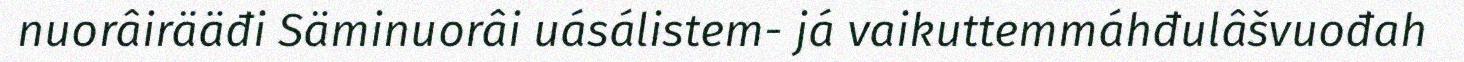
nuorâirääđi Säminuorâi uásálistem- já vaikuttemmáhđulâšvuođah